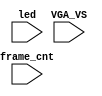
`timescale 1ns/1ps

module mist_dump(
    input           VGA_VS,
    input           led,
    input   [31:0]  frame_cnt
);

`ifdef DUMP
`ifndef NCVERILOG // iVerilog:
    initial begin
        // #(200*100*1000*1000);
        $display("DUMP enabled");
        $dumpfile("test.lxt");
    end
    `ifdef LOADROM
    always @(negedge led) if( $time > 20000 ) begin // led = downloading signal
        $display("DUMP starts");
        $dumpvars(0,mist_test);
        $dumpon;
    end
    `else
        `ifdef DUMP_START
        always @(negedge VGA_VS) if( frame_cnt==`DUMP_START ) begin
        `else
            initial begin
        `endif
            $display("DUMP starts");
            `ifdef DEEPDUMP
                $dumpvars(0,mist_test);
            `else
                $dumpvars(1,mist_test.UUT.u_game.u_main);
                $dumpvars(1,mist_test.frame_cnt);
            `endif
            $dumpon;
        end
    `endif
`else // NCVERILOG
    `ifdef DUMP_START
    always @(negedge VGA_VS) if( frame_cnt==`DUMP_START ) begin
    `else
    initial begin
    `endif
        $shm_open("test.shm");
        `ifdef DEEPDUMP
            $display("NC Verilog: will dump all signals");
            $shm_probe(mist_test,"AS");
        `else
            $display("NC Verilog: will dump selected signals");
            $shm_probe(frame_cnt);
            //$shm_probe(UUT.u_game.u_dwnld,"A");
            //$shm_probe(UUT.u_game,"A");
            $shm_probe(UUT.u_game.u_main,"A");
            $shm_probe(UUT.u_game.u_video.u_gfx,"A");
            $shm_probe(UUT.u_game.u_video.u_colmix,"A");
            $shm_probe(UUT.u_game.u_video.u_gfx.u_obj,"A");
            $shm_probe(UUT.u_game.u_video.u_gfx.u_tilemap,"A");
            $shm_probe(UUT.u_frame.u_board.u_scan2x,"AS");
            $shm_probe(UUT.u_frame.u_board.u_wirebw,"AS");
            `ifdef NOSOUND
                $shm_probe(UUT.u_game.u_main.u_cpu.u_wait,"A");
            `else
                $shm_probe(UUT.u_game.u_main.u_fm0.u_jt12,"A");
                $shm_probe(UUT.u_game.u_main.u_fm0.u_jt12.u_mmr,"A");
                $shm_probe(UUT.u_game.u_main.u_fm0.u_jt12.u_timers,"AS");

                $shm_probe(UUT.u_game.u_main.u_fm1.u_jt12,"A");
                $shm_probe(UUT.u_game.u_main.u_fm1.u_jt12.u_mmr,"AS");
                $shm_probe(UUT.u_game.u_main.u_fm1.u_jt12.u_timers,"AS");
            `endif
            //$shm_probe(UUT.u_game.u_main.u_prot,"A");
            //$shm_probe(UUT.u_game.u_video,"A");
        `endif
    end
`endif
`endif

endmodule // mist_dump